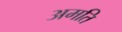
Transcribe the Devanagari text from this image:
अमति